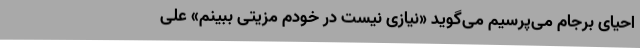
احیای برجام می‌پرسیم می‌گوید «نیازی نیست در خودم مزیتی ببینم» علی